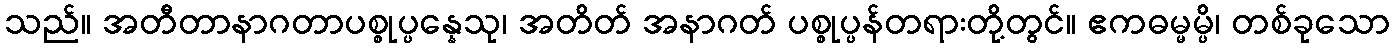
သည်။ အတီတာနာဂတာပစ္စုပ္ပန္နေသု၊ အတိတ် အနာဂတ် ပစ္စုပ္ပန်တရားတို့တွင်။ ဧကဓမ္မမ္ပိ၊ တစ်ခုသော